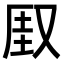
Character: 𫨾